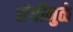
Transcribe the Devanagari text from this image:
संधींमुळे